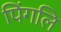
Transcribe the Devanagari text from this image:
पिंगलि